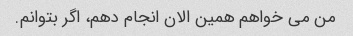
من می خواهم همین الان انجام دهم، اگر بتوانم.